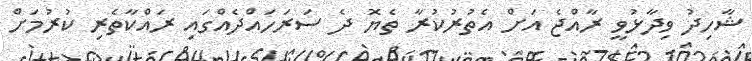
ޝާހިދު ވިދާޅުވީ ރާއްޖެ އަށް އެތުރުކުރާ ތެޔޮ ދެ ސަރަހައްދެއްގައި ރައްކާތެރި ކުރުމަށް